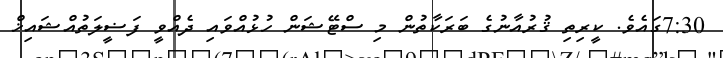
7:30ގައެވެ. ކީރިތި ޤުރުއާނުގެ ބަރަކާތުން މި ސްޓޭޝަން ހުޅުއްވައި ދެއްވީ ފަޟީލަތުއްޝައިޚް